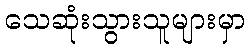
သေဆုံးသွားသူများမှာ